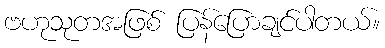
ဗဟုသုတအဖြစ် ပြန်ပြောချင်ပါတယ်။